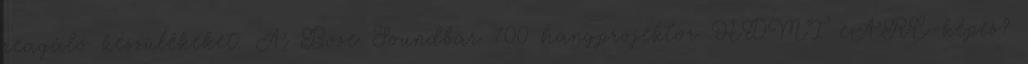
reagáló készülékeket. A Bose Soundbar 700 hangprojektor HDMI eARC-képes?